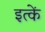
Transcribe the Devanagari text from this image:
इत्कें